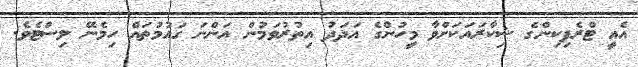
އެއީ ޓްރެފިކިންގެ ޝިކާރައަކަށްވާ މީހުންގެ އަދަދު އިތުރުވަމުން އަންނަ ގައުމުތައް ހިމެނޭ ލިސްޓެވެ.